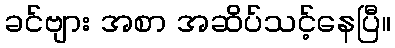
ခင်ဗျား အစာ အဆိပ်သင့်နေပြီ။